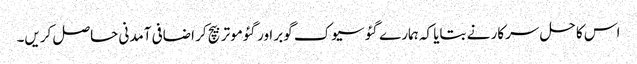
اس کا حل سرکار نے بتایا کہ ہمارے گئو سیوک گوبر اور گئوموتر بیچ کر اضافی آمدنی حاصل کریں۔